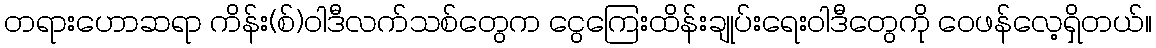
တရားဟောဆရာ ကိန်း(စ်)ဝါဒီလက်သစ်တွေက ငွေကြေးထိန်းချုပ်းရေးဝါဒီတွေကို ဝေဖန်လေ့ရှိတယ်။